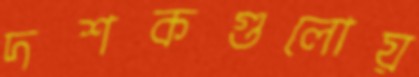
দশকগুলোয়